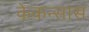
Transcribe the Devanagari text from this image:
केकन्सास